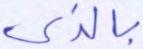
بالذي